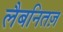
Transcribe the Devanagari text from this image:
लैबनितज़